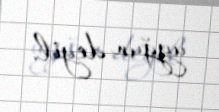
uyğun deyil.